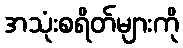
အသုံးစရိတ်များကို